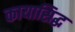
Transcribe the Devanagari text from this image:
कायासिद्ध